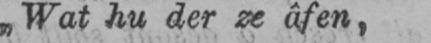
„Wat hu der ze âfen,